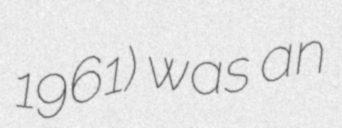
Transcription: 1961) was an